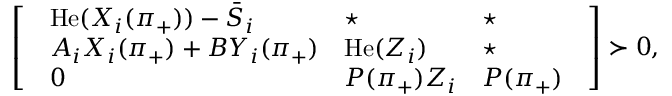
\left[ \begin{array} { l } { \begin{array} { l l l } { \operatorname { H e } ( X _ { i } ( \pi _ { + } ) ) - \bar { S } _ { i } } & { \star } & { \star } \\ { A _ { i } X _ { i } ( \pi _ { + } ) + B Y _ { i } ( \pi _ { + } ) } & { \operatorname { H e } ( Z _ { i } ) } & { \star } \\ { 0 } & { P ( \pi _ { + } ) Z _ { i } } & { P ( \pi _ { + } ) } \end{array} } \end{array} \right] \succ 0 ,